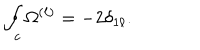
\oint _ { c } \Omega ^ { ( \ell ) } = - 2 \delta _ { 1 \ell } .